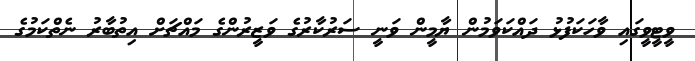
ވީޓީވީގައި ވާހަކަފުޅު ދައްކަވަމުން ޔާމީން ވަނީ ސަރުކާރުގެ ވަޒީރުންގެ މައްޗަށް އިތުބާރު ނެތްކަމުގެ